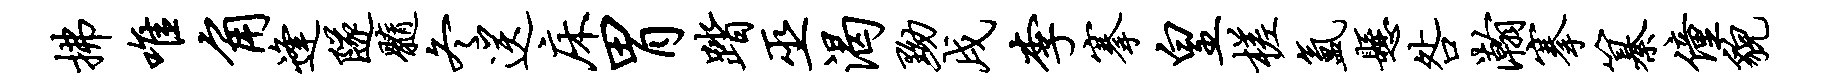
拂唯角逢隧髓冬送床胃踏巫渴黝戌李搴皇槎氲悬咎瀚搴纂僮貌